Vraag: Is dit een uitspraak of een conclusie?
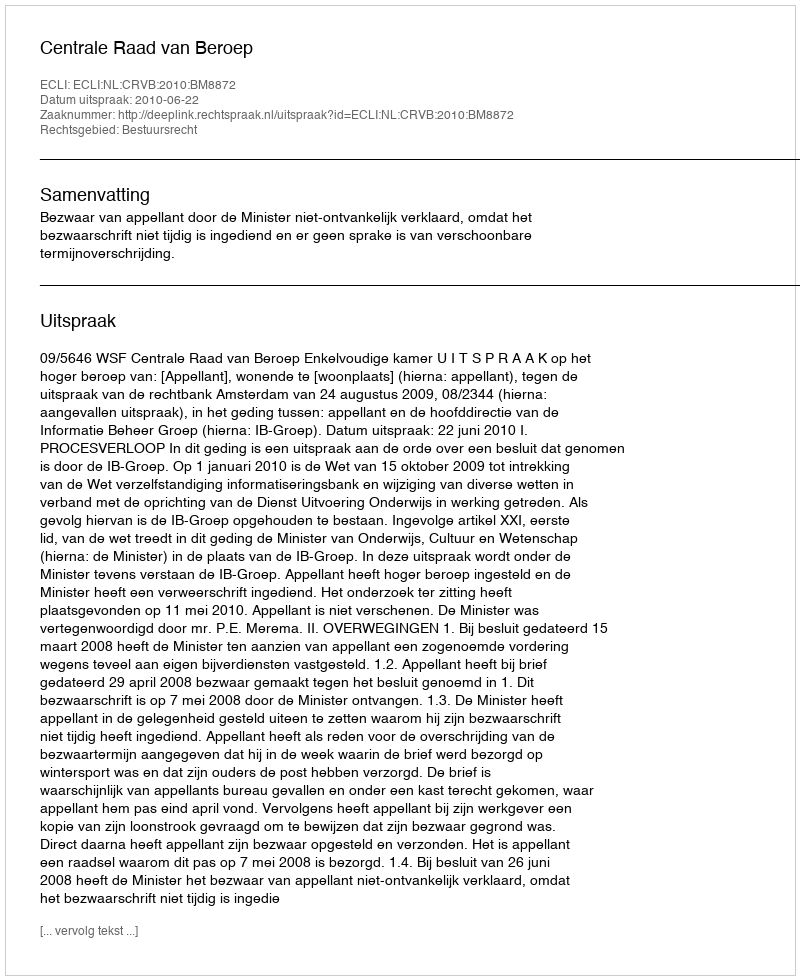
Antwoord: Uitspraak